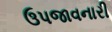
ઉપજાવનારી